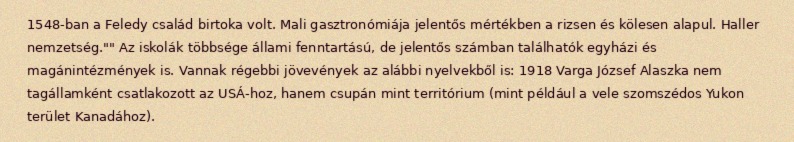
1548-ban a Feledy család birtoka volt. Mali gasztronómiája jelentős mértékben a rizsen és kölesen alapul. Haller nemzetség."" Az iskolák többsége állami fenntartású, de jelentős számban találhatók egyházi és magánintézmények is. Vannak régebbi jövevények az alábbi nyelvekből is: 1918 Varga József Alaszka nem tagállamként csatlakozott az USÁ-hoz, hanem csupán mint territórium (mint például a vele szomszédos Yukon terület Kanadához).